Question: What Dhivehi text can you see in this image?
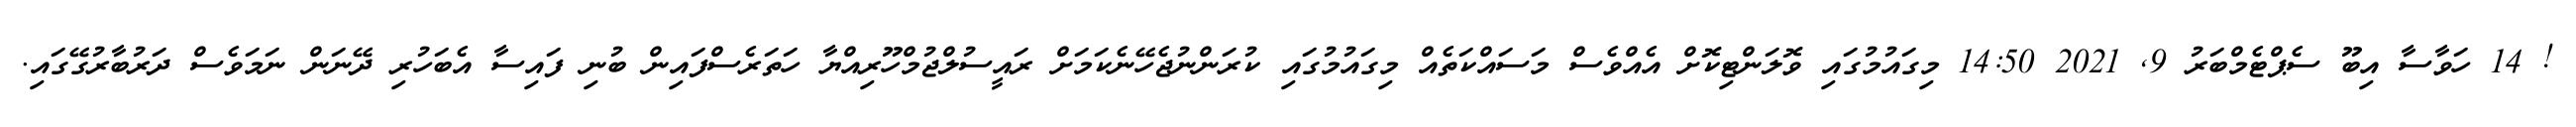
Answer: ! 14 ހަވާސާ އިބޫ ސެޕްޓެމްބަރު 9, 2021 14:50 މިގައުމުގައި ވޮލަންޓިކޮށް އެއްވެސް މަސައްކަތެއް މިގައުމުގައި ކުރަންނުޖެހޭނެކަމަށް ރައީސުލްޖުމްހޫރިއްޔާ ހަތަރެސްފައިން ބުނި ފައިސާ އެބަހުރި ދޭނަން ނަމަވެސް ދަރުބާރުގޭގައި.